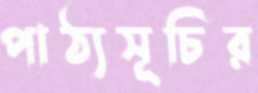
পাঠ্যসূচির